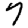
Digit: 7